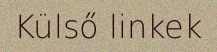
Külső linkek